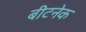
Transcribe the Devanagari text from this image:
बीटनेक